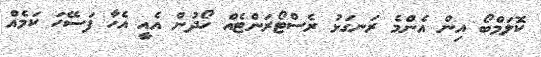
ކޮލަމްބޯ އިން އެންމެ ރަނގަޅު ރެސްޓޯރަންޓެއް ހޯދުން އެއީ އެހާ ފަސޭހަ ކަމެއް